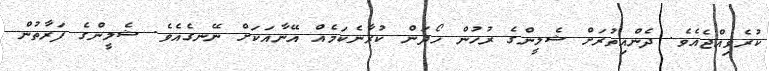
ކުރެވިއްޖެއެވެ. ދެންއިތުރަށް ޝެލީންގެ ރުހުން ހޯދަން ކުރާނެކަމެއް އޭނާއަކަށް ނޭނގެއެވެ. ޝެލީންގެ ފަރާތުން